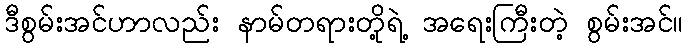
ဒီစွမ်းအင်ဟာလည်း နာမ်တရားတို့ရဲ့ အရေးကြီးတဲ့ စွမ်းအင်။